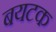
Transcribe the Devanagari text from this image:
बयटक